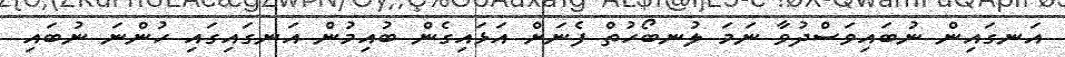
އަނގައިން ނުބައިވަސްދުވާ ނަމަ ލުނބޯހުތް ފެނަށް އަޅައިގެން ބުއިމުން އަނގައިގައި ހުންނަ ނުބައި